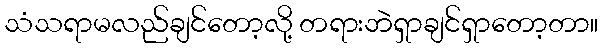
သံသရာမလည်ချင်တော့လို့ တရားဘဲရှာချင်ရှာတော့တာ။